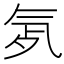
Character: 𣱞